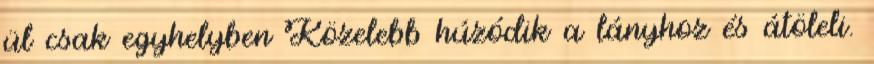
ül csak egyhelyben Közelebb húzódik a lányhoz és átöleli.